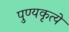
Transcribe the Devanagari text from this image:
पुण्यकृत्ये